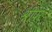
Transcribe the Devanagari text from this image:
श्रीपूर